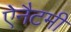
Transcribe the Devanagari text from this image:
ऐनैटमी